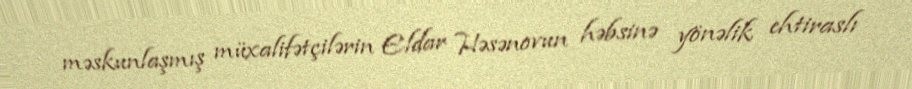
məskunlaşmış müxalifətçilərin Eldar Həsənovun həbsinə yönəlik ehtiraslı